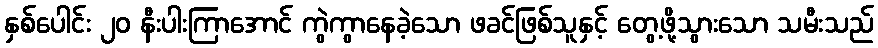
နှစ်ပေါင်း ၂၀ နီးပါးကြာအောင် ကွဲကွာနေခဲ့သော ဖခင်ဖြစ်သူနှင့် တွေ့ဖို့သွားသော သမီးသည်